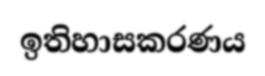
ඉතිහාසකරණය